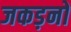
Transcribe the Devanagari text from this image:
जकड़नों